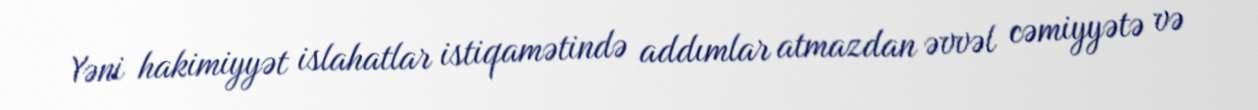
Yəni hakimiyyət islahatlar istiqamətində addımlar atmazdan əvvəl cəmiyyətə və